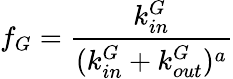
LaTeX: f_{G}=\frac{k_{in}^{G}}{(k_{in}^{G}+k_{out}^{G})^{a}}